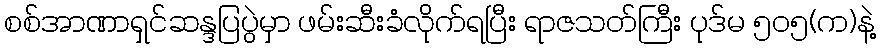
စစ်အာဏာရှင်ဆန္ဒပြပွဲမှာ ဖမ်းဆီးခံလိုက်ရပြီး ရာဇသတ်ကြီး ပုဒ်မ ၅၀၅(က)နဲ့